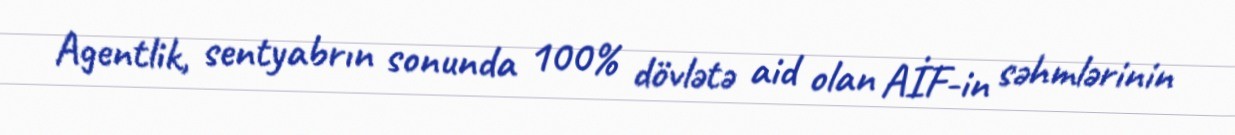
Agentlik, sentyabrın sonunda 100% dövlətə aid olan AİF-in səhmlərinin